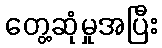
တွေ့ဆုံမှုအပြီး